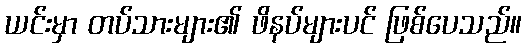
ယင်းမှာ တပ်သားများ၏ ဖိနပ်များပင် ဖြစ်ပေသည်။